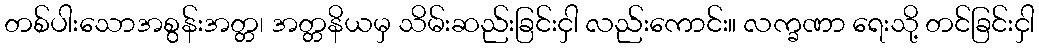
တစ်ပါးသောအစွန်းအတ္တ၊ အတ္တနိယမှ သိမ်းဆည်းခြင်းငှါ လည်းကောင်း။ လက္ခဏာ ရေးသို့ တင်ခြင်းငှါ